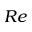
R e